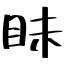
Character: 眛